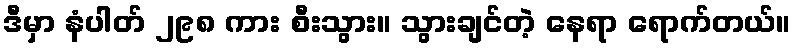
ဒီမှာ နံပါတ် ၂၉၈ ကား စီးသွား။ သွားချင်တဲ့ နေရာ ရောက်တယ်။